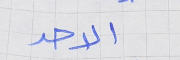
الاحد